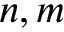
n , m